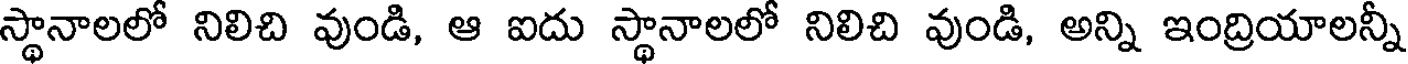
స్థానాలలో నిలిచి వుండి, ఆ ఐదు స్థానాలలో నిలిచి వుండి, అన్ని ఇంద్రియాలన్నీ